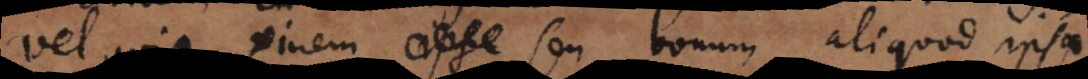
vel quia finem ipsa seu bonum aliquod ipsa